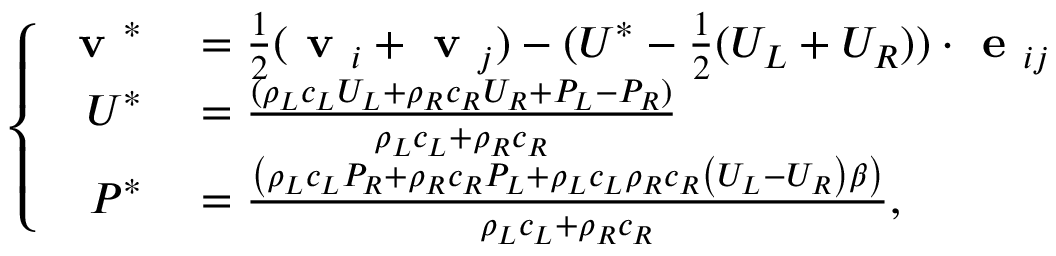
\left\{ \begin{array} { r l } { \textbf { v } ^ { * } } & { { } = \frac { 1 } { 2 } ( \textbf { v } _ { i } + \textbf { v } _ { j } ) - ( U ^ { * } - \frac { 1 } { 2 } ( U _ { L } + U _ { R } ) ) \cdot \textbf { e } _ { i j } } \\ { U ^ { * } } & { { } = \frac { ( \rho _ { L } c _ { L } U _ { L } + \rho _ { R } c _ { R } U _ { R } + P _ { L } - P _ { R } ) } { \rho _ { L } c _ { L } + \rho _ { R } c _ { R } } } \\ { P ^ { * } } & { { } = \frac { \left( \rho _ { L } c _ { L } P _ { R } + \rho _ { R } c _ { R } P _ { L } + \rho _ { L } c _ { L } \rho _ { R } c _ { R } \left( U _ { L } - U _ { R } \right) \beta \right) } { \rho _ { L } c _ { L } + \rho _ { R } c _ { R } } , } \end{array} \right.